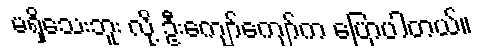
မရှိသေးဘူး လို့ ဦးကျော်ကျော်က ပြောပါတယ်။